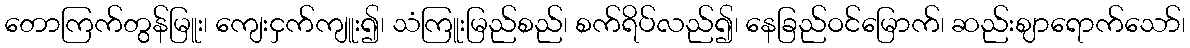
တောကြက်တွန်မြူး၊ ကျေးငှက်ကျူး၍၊ သံကြူးမြည်စည်၊ စက်ရိပ်လည်၍၊ နေခြည်ဝင်မြောက်၊ ဆည်းဈာရောက်သော်၊